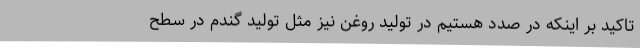
تاکید بر اینکه در صدد هستیم در تولید روغن نیز مثل تولید گندم در سطح